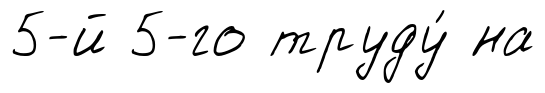
5-й 5-го труду́ на